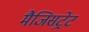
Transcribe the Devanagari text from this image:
मैजिसट्रेट